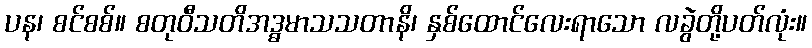
ပန၊ စင်စစ်။ စတုဝီသတိအဒ္ဓမာသသတာနိ၊ နှစ်ထောင်လေးရာသော လခွဲတို့ပတ်လုံး။